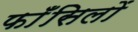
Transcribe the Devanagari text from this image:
फाँसिलों